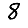
Digit: 8